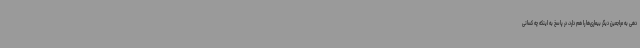
دهی به مراجعین دیگر بیماری‌ها را هم دارد، در پاسخ به اینکه چه کسانی